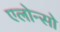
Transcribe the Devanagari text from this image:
एलोन्सो